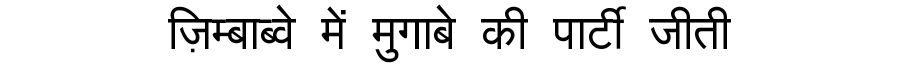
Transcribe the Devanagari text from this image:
ज़िम्बाब्वे में मुगाबे की पार्टी जीती